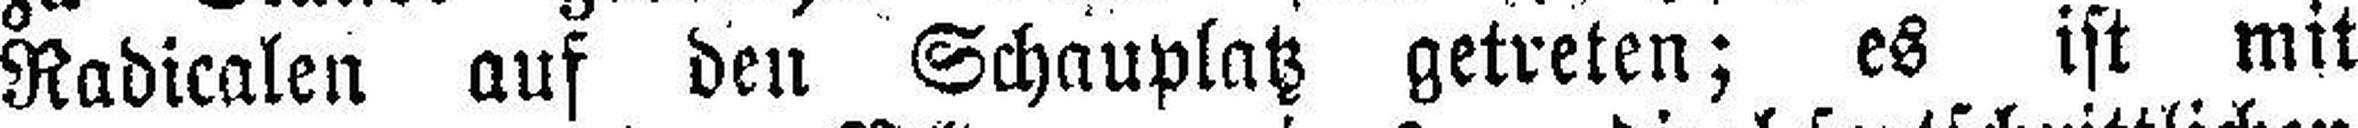
Radicalen auf den Schauplatz getreten; es ist mit